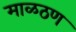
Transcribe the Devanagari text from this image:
माळठण